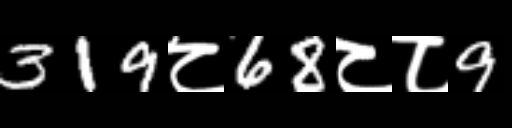
Text: 319८68८८9